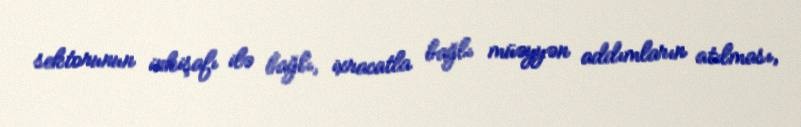
sektorunun inkişafı ilə bağlı, ixracatla bağlı müəyyən addımların atılması,